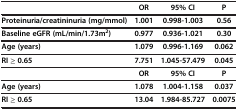
<table><thead><tr><td><b> </b></td><td><b>OR</b></td><td><b>95% CI</b></td><td><b>P</b></td></tr></thead><tbody><tr><td><b>Proteinuria/creatininuria (mg/mmol)</b></td><td><b>1.001</b></td><td><b>0.998-1.003</b></td><td><b>0.56</b></td></tr><tr><td><b>Baseline eGFR (mL/min/1.73m</b><sup><b>2</b></sup><b>)</b></td><td><b>0.977</b></td><td><b>0.936-1.021</b></td><td><b>0.30</b></td></tr><tr><td><b>Age (years)</b></td><td><b>1.079</b></td><td><b>0.996-1.169</b></td><td><b>0.062</b></td></tr><tr><td><b>RI ≥ 0.65</b></td><td><b>7.751</b></td><td><b>1.045-57.479</b></td><td><b>0.045</b></td></tr><tr><td> </td><td><b>OR</b></td><td><b>95% CI</b></td><td><b>P</b></td></tr><tr><td><b>Age (years)</b></td><td><b>1.078</b></td><td><b>1.004-1.158</b></td><td><b>0.037</b></td></tr><tr><td><b>RI ≥ 0.65</b></td><td><b>13.04</b></td><td><b>1.984-85.727</b></td><td><b>0.0075</b></td></tr></tbody></table>